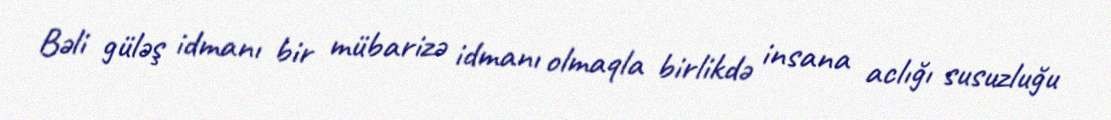
Bəli güləş idmanı bir mübarizə idmanı olmaqla birlikdə insana aclığı susuzluğu